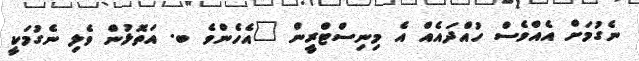
ނެގުމަށް އެއްވެސް ހުއްދައެއް އެ މިނިސްޓްރީން "އެެހެންވެ ބ. އަތޮޅުން ވެލި ނެގުމަކީ